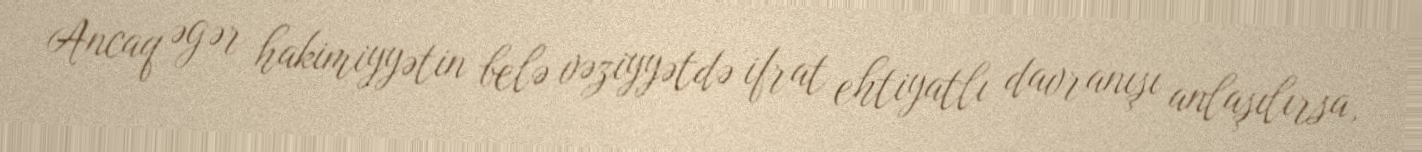
Ancaq əgər hakimiyyətin belə vəziyyətdə ifrat ehtiyatlı davranışı anlaşılırsa,